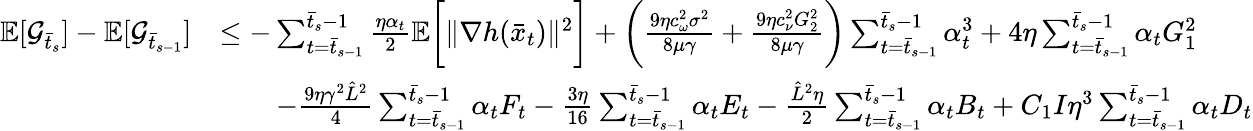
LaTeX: \begin{array}{rl}{\mathbb{E}[\mathcal{G}_{\bar{t}_{s}}]-\mathbb{E}[\mathcal{G}_{\bar{t}_{s-1}}]}&{\leq-\sum_{t=\bar{t}_{s-1}}^{\bar{t}_{s}-1}\frac{\eta\alpha_{t}}{2}\mathbb{E}\bigg[\| \nabla h(\bar{x}_{t})\| ^{2}\bigg]+\bigg(\frac{9\eta c_{\omega}^{2}\sigma^{2}}{8\mu\gamma}+\frac{9\eta c_{\nu}^{2}G_{2}^{2}}{8\mu\gamma}\bigg)\sum_{t=\bar{t}_{s-1}}^{\bar{t}_{s}-1}\alpha_{t}^{3}+4\eta\sum_{t=\bar{t}_{s-1}}^{\bar{t}_{s}-1}\alpha_{t}G_{1}^{2}}\\ &{\qquad-\frac{9\eta\gamma^{2}\hat{L}^{2}}{4}\sum_{t=\bar{t}_{s-1}}^{\bar{t}_{s}-1}\alpha_{t}F_{t}-\frac{3\eta}{16}\sum_{t=\bar{t}_{s-1}}^{\bar{t}_{s}-1}\alpha_{t}E_{t}-\frac{\hat{L}^{2}\eta}{2}\sum_{t=\bar{t}_{s-1}}^{\bar{t}_{s}-1}\alpha_{t}B_{t}+C_{1}I\eta^{3}\sum_{t=\bar{t}_{s-1}}^{\bar{t}_{s}-1}\alpha_{t}D_{t}}\end{array}